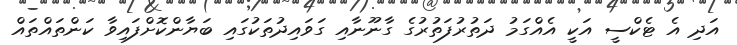
އަދި އެ ޓެކްސީ އަކީ އެއްގަމު ދަތުރުފަތުރުގެ ގާނޫނާއި ގަވައިދުތަކުގައި ބަޔާންކޮށްފައިވާ ކަންތައްތައް